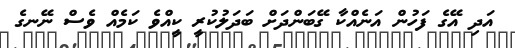
އަދި އޭގެ ފަހުން އަނެއްކާ ގޭބަންދަށް ބަދަލުކުރީ ކީއްވެ ކަމެއް ވެސް ނޭނގެ